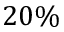
2 0 \%